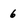
Character: 6